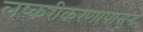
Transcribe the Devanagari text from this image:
लष्करीकरणापासून